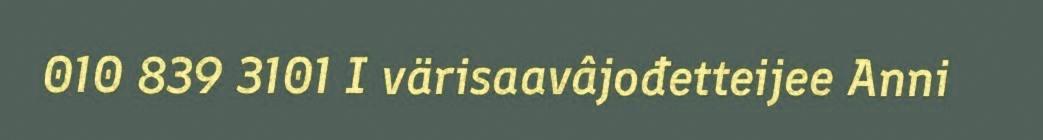
010 839 3101 I värisaavâjođetteijee Anni